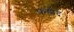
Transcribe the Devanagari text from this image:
फ़हीद